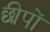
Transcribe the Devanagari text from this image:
छीपों